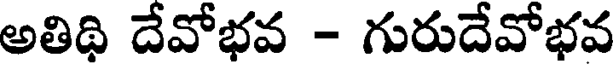
అతిథి దేవోభవ - గురుదేవోభవ